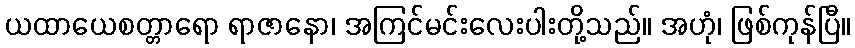
ယထာယေစတ္တာရော ရာဇာနော၊ အကြင်မင်းလေးပါးတို့သည်။ အဟုံ၊ ဖြစ်ကုန်ပြီ။